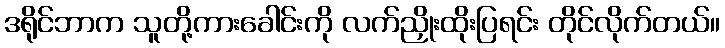
ဒရိုင်ဘာက သူတို့ကားခေါင်းကို လက်ညှိုးထိုးပြရင်း တိုင်လိုက်တယ်။